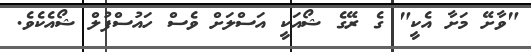
"ވާށޭ މަށާ އެކީ" ގެ ރޭގެ ޝޯއަކީ އަސްލަށް ވެސް ހައުސްފުލް ޝޯއެކެވެ.